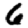
Digit: 6